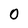
Character: 0